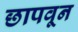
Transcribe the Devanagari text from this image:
छापवून